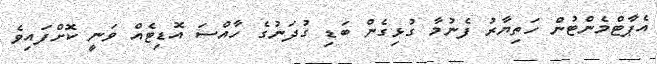
އެޕާޓްމެންޓުން ހަތިޔާރު ފެނުމާ ގުޅިގެން ބަޑި ގުދަނުގެ ހާއްސަ އޮޑިޓެއް ވަނީ ކޮށްފައިވެ